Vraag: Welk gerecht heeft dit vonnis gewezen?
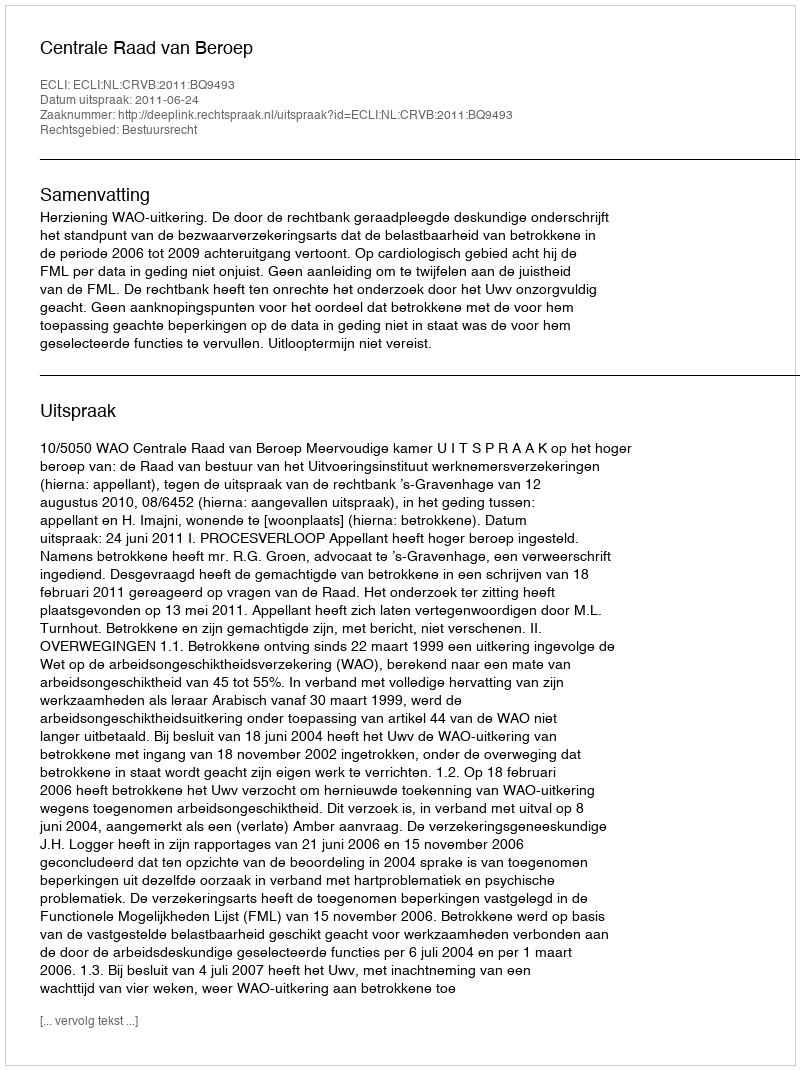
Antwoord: Centrale Raad van Beroep